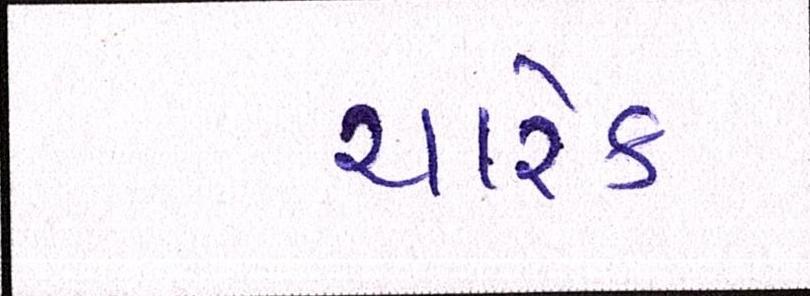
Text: ચારેક